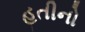
હતીનો